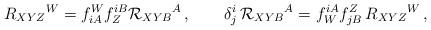
LaTeX: \begin{align*}R_{XYZ}{}^W=f_{iA}^Wf^{iB}_Z{\cal R}_{XYB} {}^A \,,\qquad\delta_j^i\,{\cal R}_{XYB}{}^A = f^{iA}_W f^Z_{jB}\,R_{XYZ}{}^W\,,\end{align*}